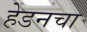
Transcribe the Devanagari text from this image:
हेडनचा